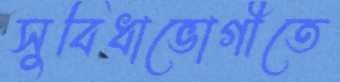
সুবিধাভোগীতে